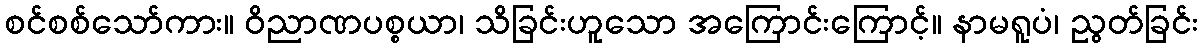
စင်စစ်သော်ကား။ ဝိညာဏပစ္စယာ၊ သိခြင်းဟူသော အကြောင်းကြောင့်။ နာမရူပံ၊ ညွတ်ခြင်း